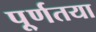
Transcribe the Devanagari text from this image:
पू्र्णतया